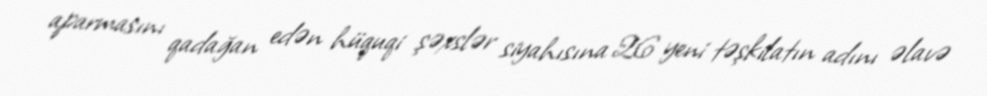
aparmasını qadağan edən hüquqi şəxslər siyahısına 26 yeni təşkilatın adını əlavə